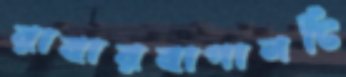
রাবারবাগানটি